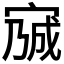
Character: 𡩍